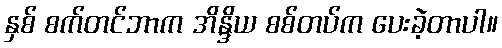
နှစ် စက်တင်ဘာက အိန္ဒိယ စစ်တပ်က ပေးခဲ့တာပါ။